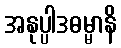
အနုပ္ပါဒဓမ္မာနိ